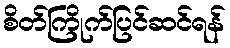
စိတ်ကြိုက်ပြင်ဆင်ရန်